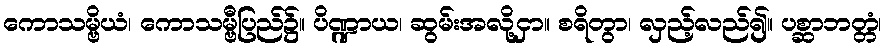
ကောသမ္ဗိယံ၊ ကောသမ္ဗီပြည်၌။ ပိဏ္ဍာယ၊ ဆွမ်းအလို့ငှာ။ စရိတွာ၊ လှည့်လည်၍။ ပစ္ဆာဘတ္တံ၊